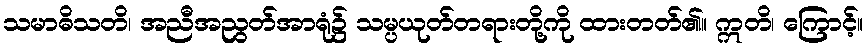
သမာဓိသတိ၊ အညီအညွတ်အာရုံ၌ သမ္ပယုတ်တရားတို့ကို ထားတတ်၏။ ဣတိ၊ ကြောင့်။